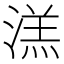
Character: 溔